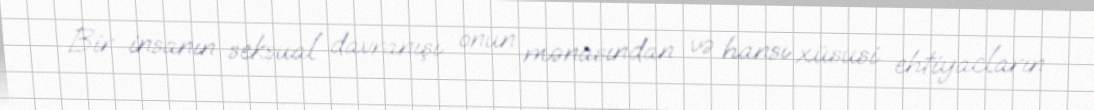
Bir insanın seksual davranışı onun mənasından və hansı xüsusi ehtiyacların